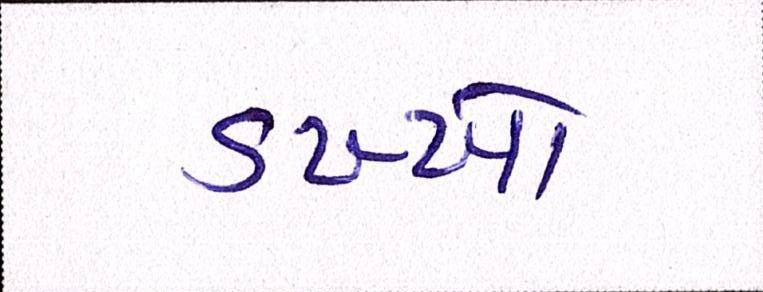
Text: ડખ્ખો